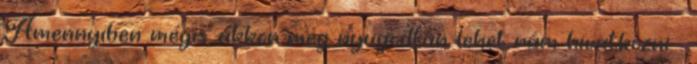
Amennyiben mégis, akkor meg nyugodtan lehet rám hivatkozni. :